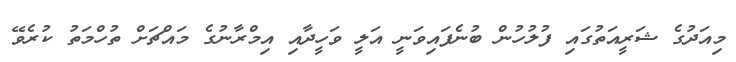
މިއަދުގެ ޝަރީއަތުގައި ފުލުހުން ބުނެފައިވަނީ އަލީ ވަހީދާއި އިމްރާނުގެ މައްޗަށް ތުހްމަތު ކުރެވޭ